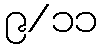
၉/၁၁